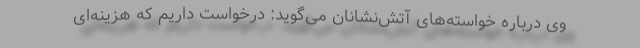
وی درباره خواسته‌های آتش‌نشانان می‌گوید: درخواست داریم که هزینه‌ای